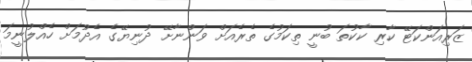
ޒަރިއަންކަޓޭ ކާރި ކާކުތަ ބުނީ ތިކަމުގެ ތެރެއަށް ވަންނާށޭ ދުނިޔޭގެ އެދުމަށް ހެއްލުނީމަ